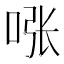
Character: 𱒻